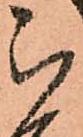
被